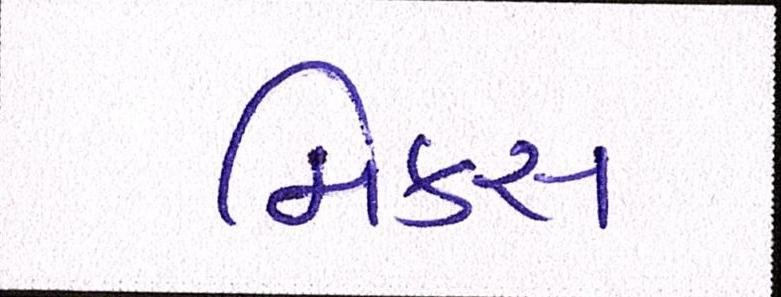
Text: મિક્સ